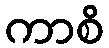
ကာစိ